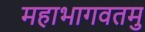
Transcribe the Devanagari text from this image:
महाभागवतमु